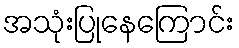
အသုံးပြုနေကြောင်း